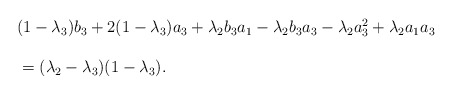
\begin{align*} \begin{array}{lll}&& \noindent (1-\lambda_3)b_3+2(1-\lambda_3)a_3+\lambda_2b_3a_1-\lambda_2b_3a_3-\lambda_2a_3^2+\lambda_2a_1a_3\ \\\\&&\ =(\lambda_2-\lambda_3)(1-\lambda_3).\end{array}\end{align*}